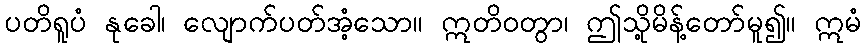
ပတိရူပံ နုခေါ၊ လျောက်ပတ်အံ့သော။ ဣတိဝတွာ၊ ဤသို့မိန့်တော်မူ၍။ ဣမံ